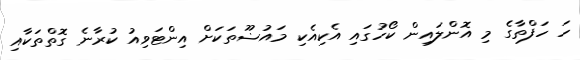
ހަ ހަފްތާގެ މި އޮންލައިން ކޯހުގައި އެކިއެކި މައުޟޫތަކަށް އިންޓަވިއު ކުރާނެ ގޮތްތަކާއި